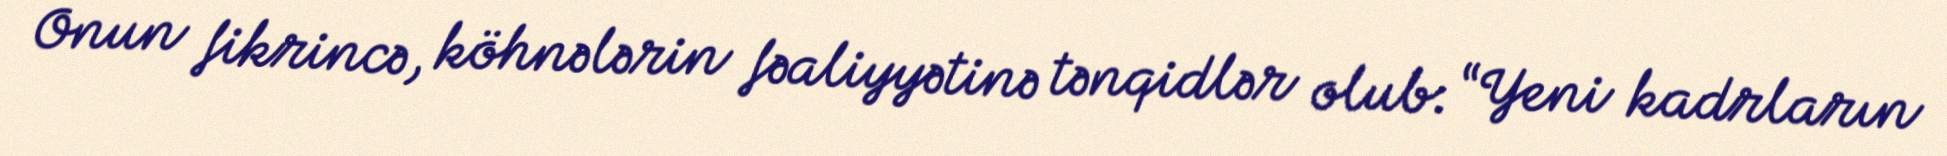
Onun fikrincə, köhnələrin fəaliyyətinə tənqidlər olub: “Yeni kadrların